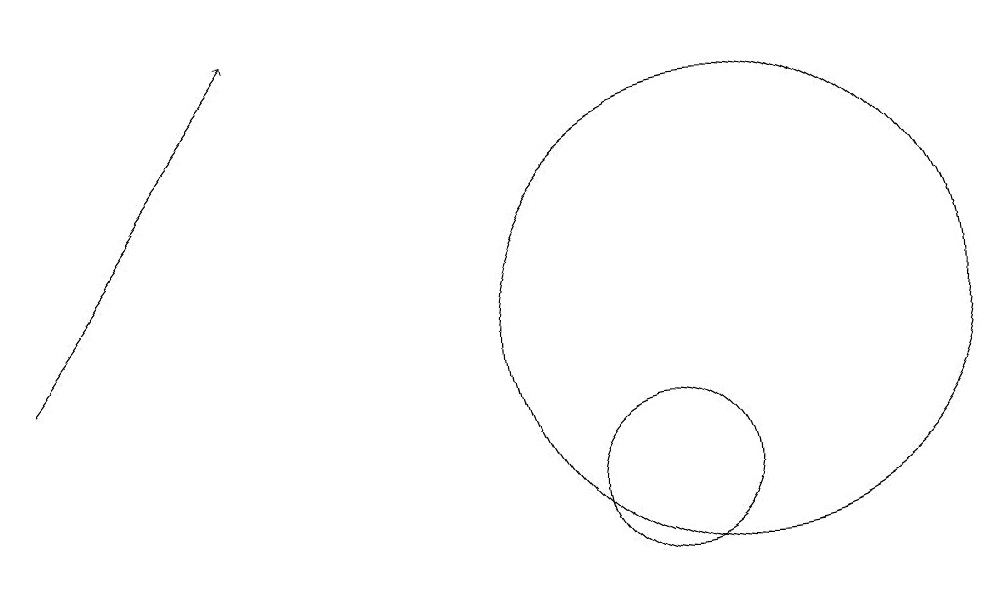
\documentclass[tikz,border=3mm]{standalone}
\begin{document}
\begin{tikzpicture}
\draw (12,12) circle (3);
\draw[->] (3,12) -- (6,16);
\draw (11,10) circle (1);
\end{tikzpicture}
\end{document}